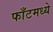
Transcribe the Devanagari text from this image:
फाँटमध्ये